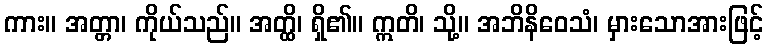
ကား။ အတ္တာ၊ ကိုယ်သည်။ အတ္ထိ၊ ရှိ၏။ ဣတိ၊ သို့။ အဘိနိဝေသံ၊ မှားသောအားဖြင့်